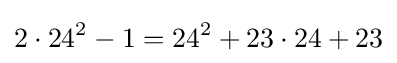
2\cdot 24^{2}-1=24^{2}+23\cdot 24+23